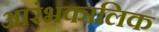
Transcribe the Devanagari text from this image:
आरंभकालिक